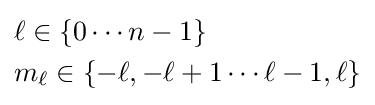
{\begin{aligned}&\ell \in \{0\cdots n-1\}\\&m_{\ell }\in \{-\ell ,-\ell +1\cdots \ell -1,\ell \}\\\end{aligned}}\,\!